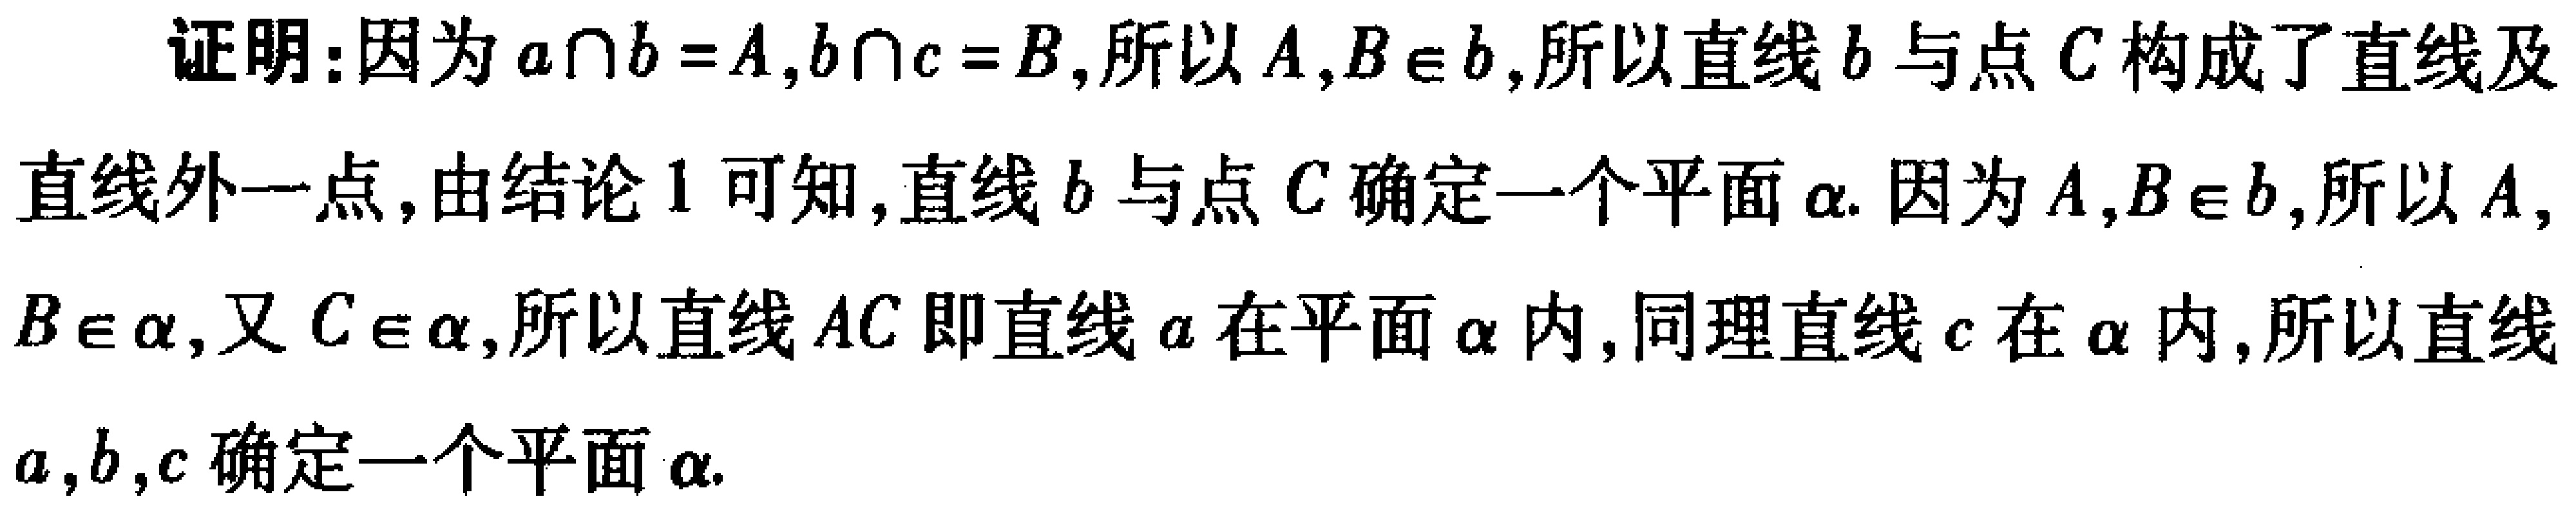
证明：因为\(a\cap b = A,b\cap c = B\)，所以\(A,B\in b\)，所以直线\(b\)与点\(C\)构成了直线及直线外一点，由结论\(1\)可知，直线\(b\)与点\(C\)确定一个平面\(\alpha\). 因为\(A,B\in b\)，所以\(A,B\in\alpha\)，又\(C\in\alpha\)，所以直线\(AC\)即直线\(a\)在平面\(\alpha\)内，同理直线\(c\)在\(\alpha\)内，所以直线\(a,b,c\)确定一个平面\(\alpha\).